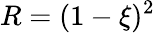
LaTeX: R=(1-\xi)^{2}